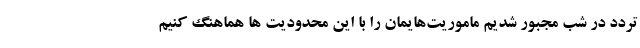
تردد در شب مجبور شدیم ماموریت‌هایمان را با این محدودیت ها هماهنگ کنیم